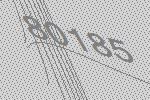
80185